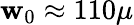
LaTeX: \mathbf{w}_{0}\approx110\mu